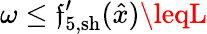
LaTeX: \omega\leq{\mathfrak{f}}_{5,\mathrm{{sh}}}^{\prime}(\hat{{x}})\leqL